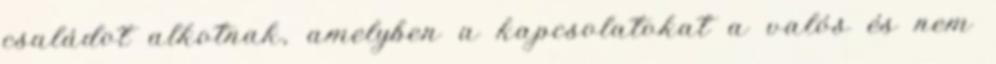
családot alkotnak, amelyben a kapcsolatokat a valós és nem